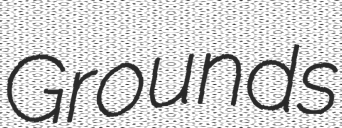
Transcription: Grounds